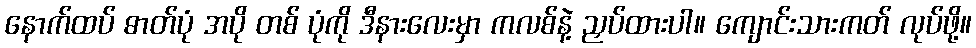
နောက်ထပ် ဓာတ်ပုံ အပို တစ် ပုံကို ဒီနားလေးမှာ ကလစ်နဲ့ ညှပ်ထားပါ။ ကျောင်းသားကတ် လုပ်ဖို့။